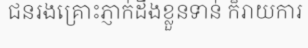
ជនរងគ្រោះភ្ញាក់ដឹងខ្លួនទាន់ ក៏រាយការ